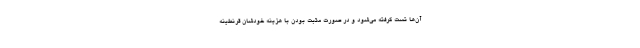
آن‌ها تست گرفته می‌شود و در صورت مثبت بودن با هزینه خودشان قرنطینه